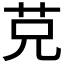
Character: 𦬺